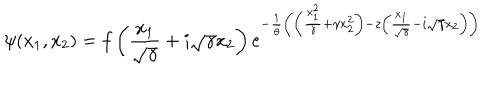
\psi ( x _ { 1 } , x _ { 2 } ) = f \left( \frac { x _ { 1 } } { \sqrt { \gamma } } + i \sqrt { \gamma } x _ { 2 } \right) e ^ { - \frac { 1 } { \theta } \left( \left( \frac { x _ { 1 } ^ { 2 } } { \gamma } + \gamma x _ { 2 } ^ { 2 } \right) - z \left( \frac { x _ { 1 } } { \sqrt { \gamma } } - i \sqrt { \gamma } x _ { 2 } \right) \right) }